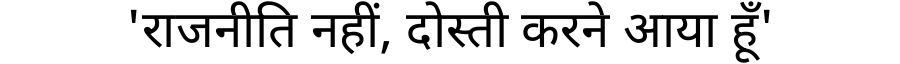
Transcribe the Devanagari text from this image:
'राजनीति नहीं, दोस्ती करने आया हूँ'